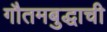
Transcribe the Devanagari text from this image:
गौतमबुद्धाची